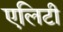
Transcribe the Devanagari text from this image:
एलिटी